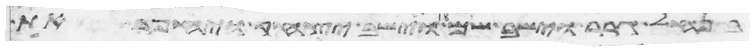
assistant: בנחל גרר וישב שם וישב יצחק ויחפר את